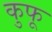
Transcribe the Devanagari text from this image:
कुफू